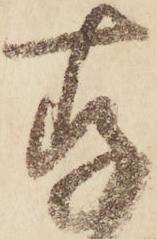
存